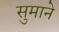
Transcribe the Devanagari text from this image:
सुमाने